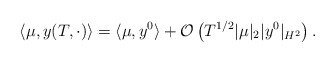
\begin{align*} \langle \mu, y(T, \cdot) \rangle = \langle \mu, y^0 \rangle + \mathcal{O}\left(T^{1/2} |\mu|_2 |y^0|_{H^2} \right). \end{align*}